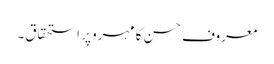
معروف حسن کا مہرو پر استحقاق۔